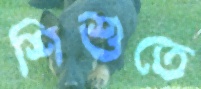
শিশুতে